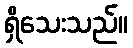
ရှိသေးသည်။